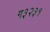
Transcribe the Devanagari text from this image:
ग३२३१